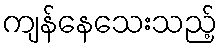
ကျန်နေသေးသည့်